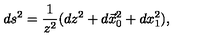
d s ^ { 2 } = { \frac { 1 } { z ^ { 2 } } } ( d z ^ { 2 } + d \vec { x } _ { 0 } ^ { 2 } + d x _ { 1 } ^ { 2 } ) ,